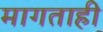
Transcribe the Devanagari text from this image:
मागताही